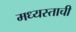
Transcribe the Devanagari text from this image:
मध्यस्ताची